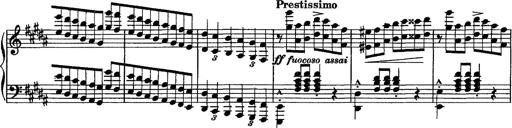
Title: Piano Sonata
Composer: Karl HÃ¤ssler
Key: C major